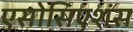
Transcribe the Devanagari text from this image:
एसोसिएशंस